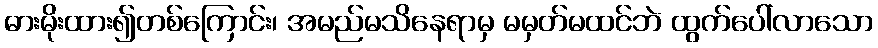
ဓားမိုးထား၍တစ်ကြောင်း၊ အမည်မသိနေရာမှ မမှတ်မထင်ဘဲ ထွက်ပေါ်လာသော